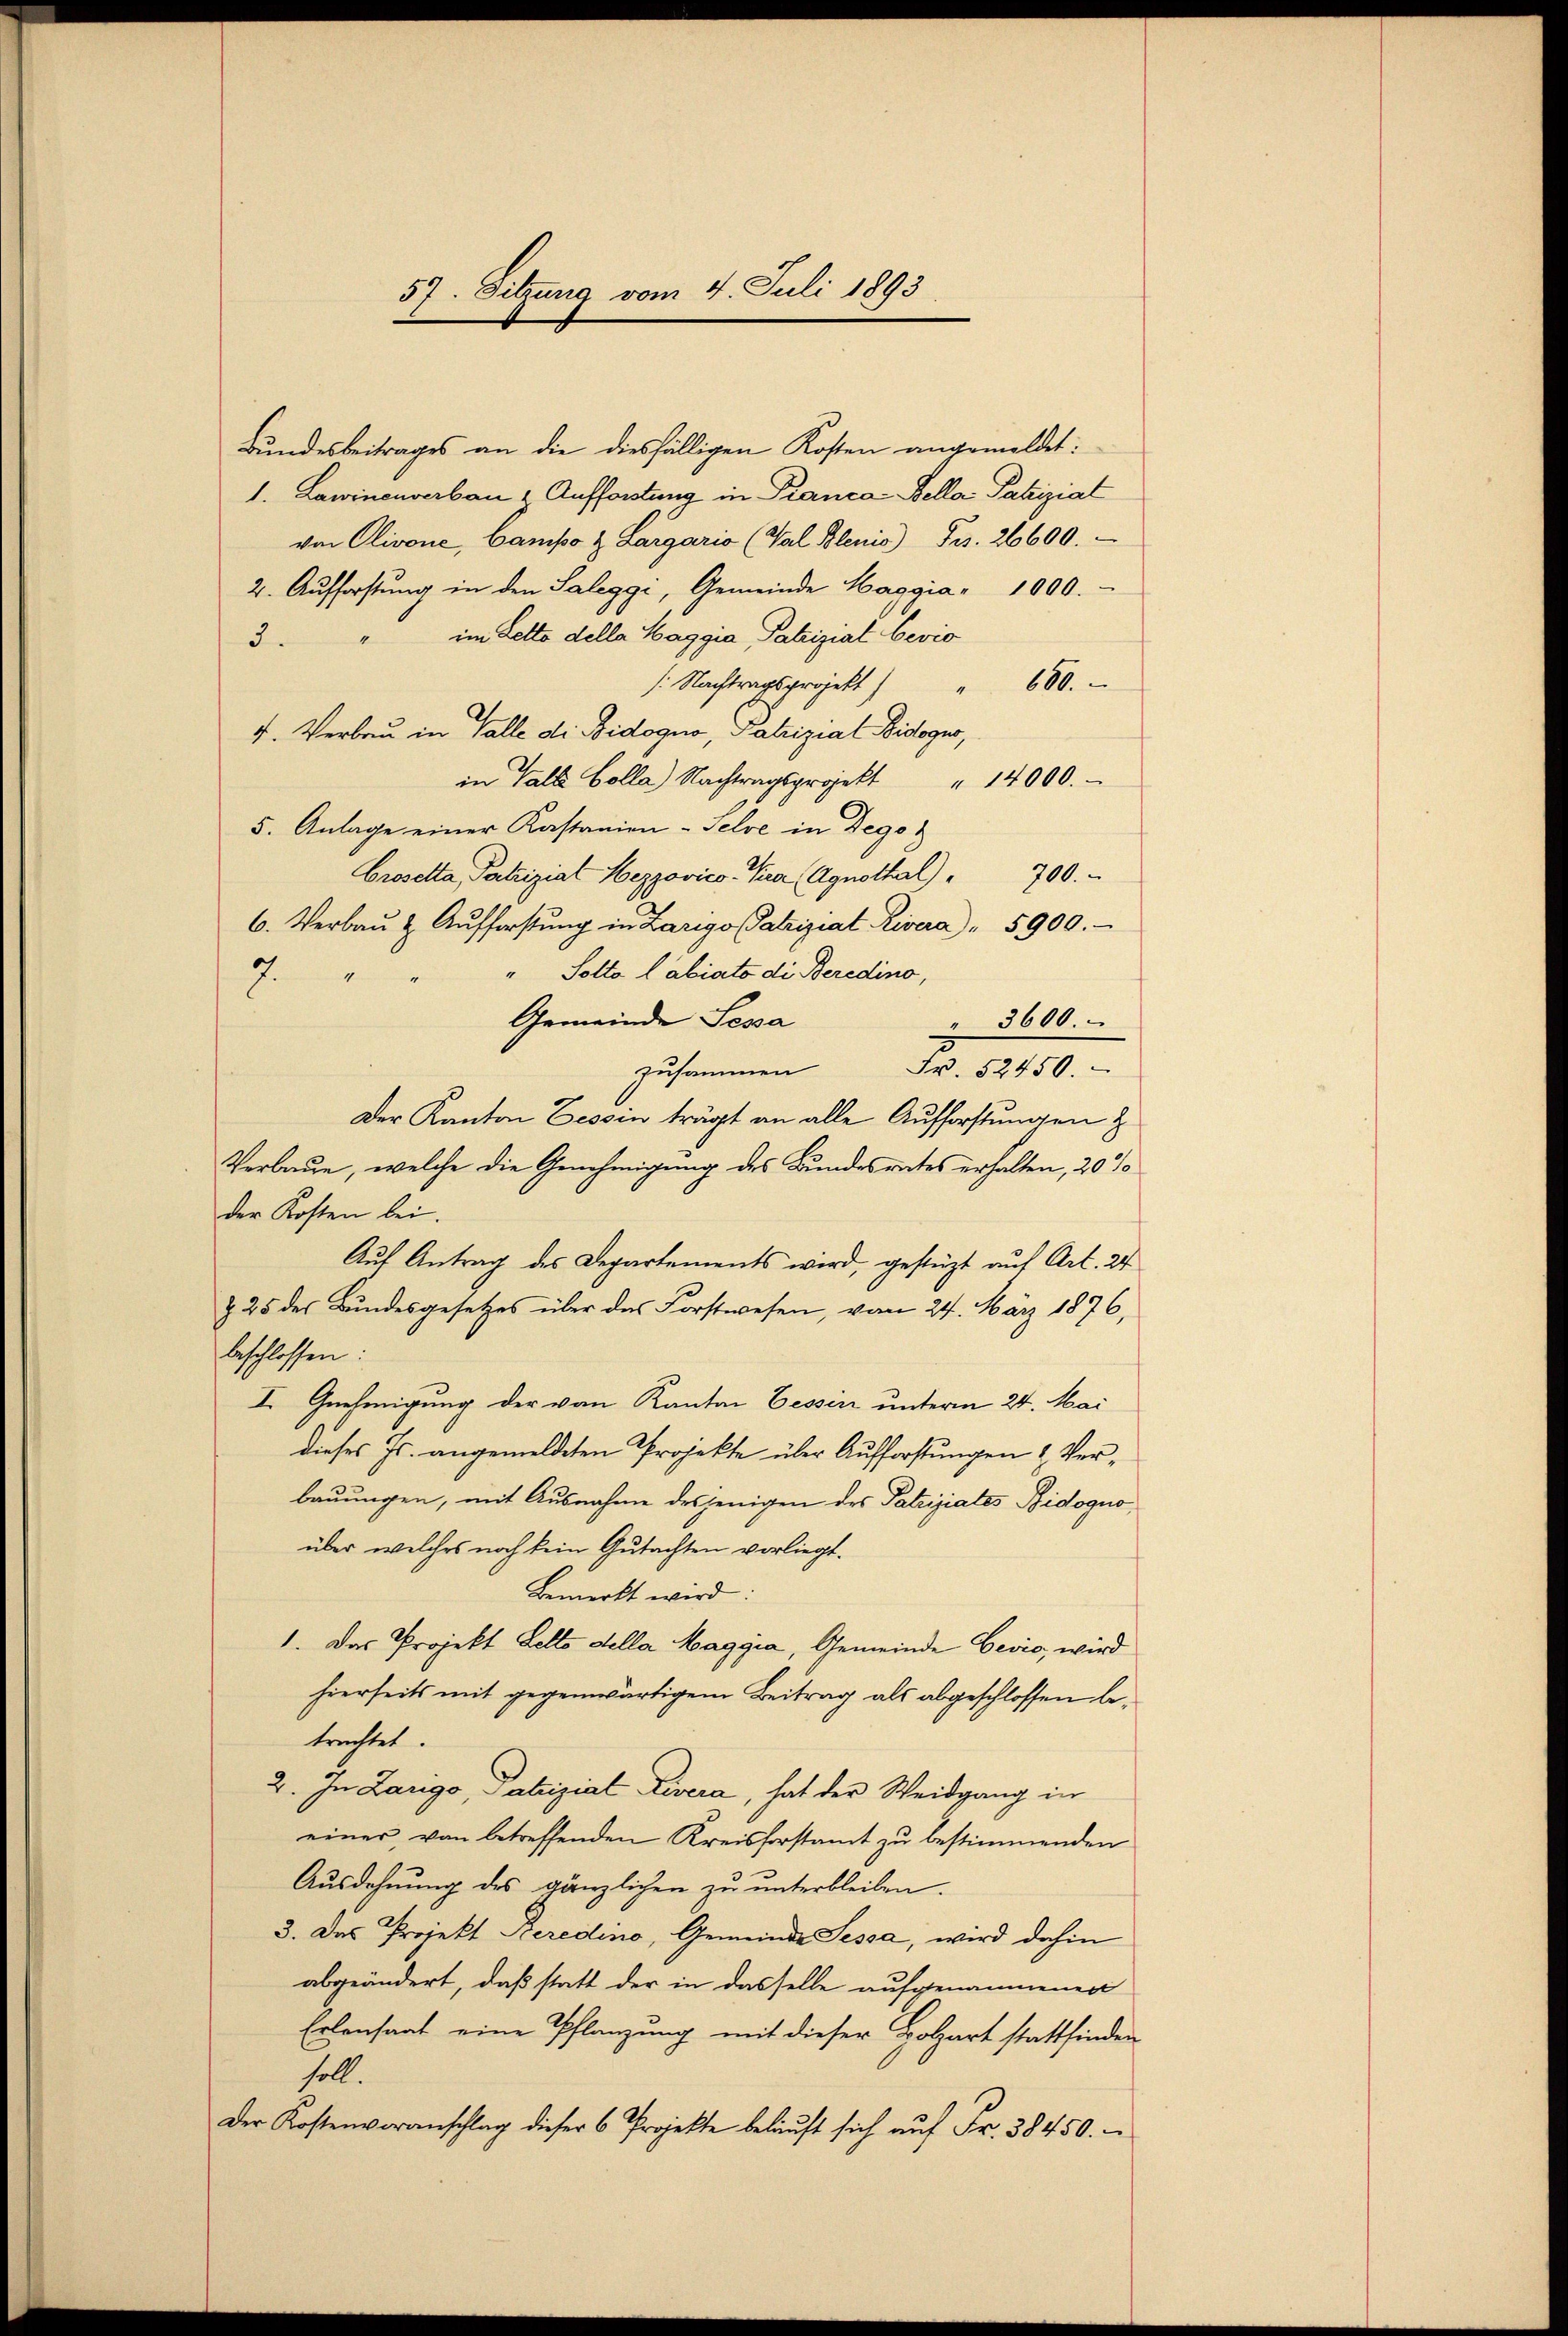
57. Sitzung vom 4. Juli 1893

Bundesbeitrages an die diesfälligen Kosten angemeldet:
1. Lawinenverbau u. Aufforstung in Pranca-Bella Patriziat
von Olivone, Campo & Largario (Wal Blenis) Frs. 26600.
2. Aufforstŭng in den Saleggi, Gemeinde Haggia - 1000.
3. " im Letto della Maggia Patrizial bevio
/: Nachtragsprojekt)
60
4. Verbau in Valle di Bidogno, Patrizial-Bidoger,
in Valle Colla) Nachtragsprojekt " 14000.
5. Anlage einer Kastanien - Selve in Degoz
Crosetta, Patriziat Wezpovico- Pra (Agnothal) " 700.-
6. Verbaŭ u Aŭfforstŭng in Zarigo Patriziat Rivera) " 5900.
"Solto labiato di Beredino,
7.
Gemeinde Sessa
" 3600.
zusammen
Nr. 1410.
Der Kanton Zessin trägt an alle Aufforstungen z
Verbaue, welche die Genehmigung des Bundesrates erhalten, 20 %
der Kosten bei.
Auf Antrag des Departements wird, gestüzt auf Art. 24
& 25 der Bundesgesetzes über das Forstwesen, vom 24. März 1876,
beschlossen:
I Gnehmigung der von Kanton Cessin unterm 24. Mai
dieses Js. angemeldeten Projekte über Aufforstungen & Verbauungen, mit Ausnahme desjenigen des Patriziates Bidogno
über welches noch kein Gutachten vorliegt.
Bemerkt wird:
1. Das Projekt Lello della Maggia, Gemeinde Besio, wird
hierseits mit gegenwärtigem Beitrag als abgeschlossen betrachtet.
2. In Zarigo, Patrizial Rivera, hat der Weidgang in
einer, von betreffenden Kreisforstamt zu bestimmenden
Ausdehnung des gänzlichen zu unterbleiben.
3. Das Projekt Beredino, Gemeinde Sessa, wird dahin
abgeändert, daß statt der in dasselbe aufgenommenen
Erlensaat eine Pflanzung mit dieser Holzart stattfinden
soll.
Der Kostenvoranschlag dieser 6 Projekte belaŭft sich aŭf Fr. 38450.